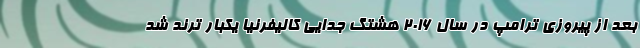
بعد از پیروزی ترامپ در سال 2016 هشتگ جدایی کالیفرنیا یکبار ترند شد